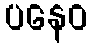
ပနေဝ